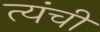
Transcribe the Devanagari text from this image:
त्यंची